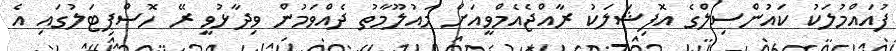
ފުއައްމުލަކު ކައުންސިލްގެ އޮފިޝަލަކު ރާއްޖެއެމްވީއަށް މައުލޫމާތު ދެއްވަމުން ވިދާޅުވީ ރޭ ހޮސްޕިޓަލުގައި އެ